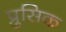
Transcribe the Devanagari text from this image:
प्रुसिक